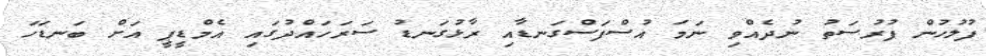
ފުލުހުން ފުރުސަތު ނުދެއްވި ނަމަ އުސްފަސްގަނޑާއި ރާޅުގަނޑު ސަރަހައްދުގައި އެމްޑީޕީ އަށް ބަނޑަހަ